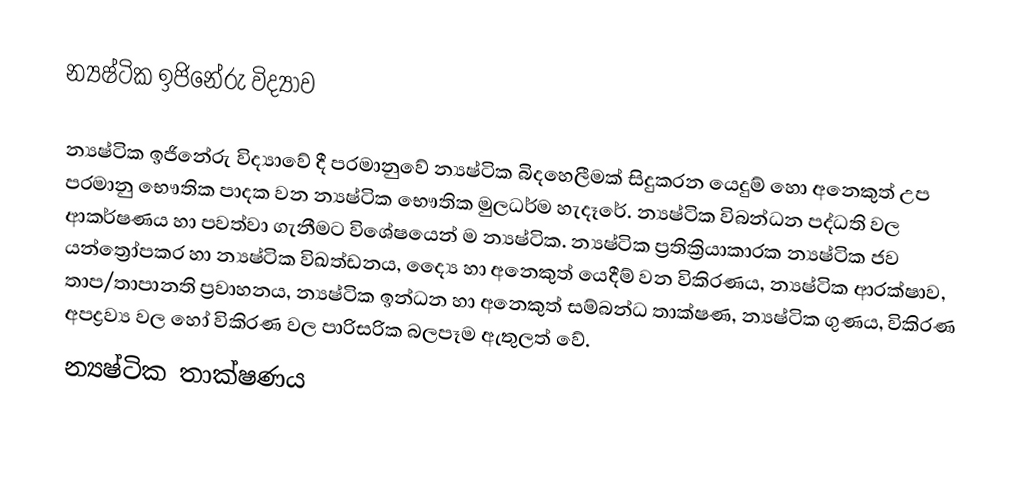
න්‍යෂ්ටික ඉජිනේරු විද්‍යාව

න්‍යෂ්ටික ඉජිනේරු විද්‍යාවේ දී පරමානුවේ න්‍යෂ්ටික බිදහෙලීමක් සිදුකරන යෙදුම් හො අනෙකුත් උප පරමානු භෞතික පාදක වන න්‍යෂ්ටික භෞතික මුලධර්ම හැදෑරේ. න්‍යෂ්ටික විබන්ධන පද්ධති වල ආකර්ෂණය හා පවත්වා ගැනීමට විශේෂයෙන් ම න්‍යෂ්ටික. න්‍යෂ්ටික ප්‍රතික්‍රියාකාරක න්‍යෂ්ටික  ජව යන්ත්‍රෝපකර හා න්‍යෂ්ටික විඛත්ඩනය, ද්‍යෛ හා අනෙකුත් යෙදීම් වන  විකිරණය, න්‍යෂ්ටික ආරක්ෂාව, තාප/තාපානති ප්‍රවාහනය, න්‍යෂ්ටික ඉන්ධන හා අනෙකුත් සම්බන්ධ තාක්ෂණ, න්‍යෂ්ටික ගුණය, විකිරණ අපද්‍රව්‍ය වල හෝ විකිරණ වල පාරිසරික බලපෑම ඇතුලත් වේ.
න්‍යෂ්ටික තාක්ෂණය